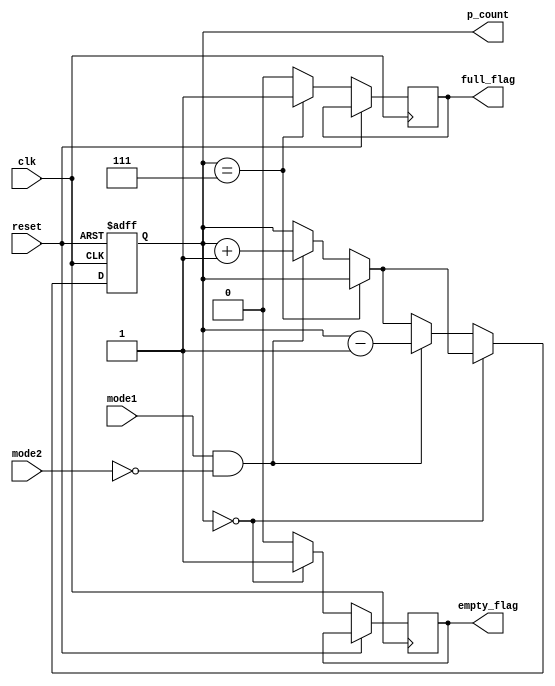
module counter (mode1,mode2,clk,reset,p_count,full_flag,empty_flag);
  input mode1,mode2,clk,reset;
  output reg [2:0] p_count;
  output reg full_flag,empty_flag;
  parameter n=3;
  always @(posedge(clk) or posedge(reset))
  begin  
    if (reset== 1)
      p_count<=0;
    else
      begin
        if (p_count== 2**n-1)
         begin
            full_flag<=1; 
         end
        else
          begin
            full_flag<=0;
            if(mode1==1 &mode2==0)
               p_count<=p_count+1;
          end   
        if (p_count== 3'b 000)
          empty_flag<=1;
        else
          begin
            empty_flag<=0;
            if(mode1==1&mode2==0)
               p_count<=p_count-1;
          end        
		 
     if ((mode2==1)&& (p_count==0 )&& (mode1==0))    $display(" The queue is empty and somebody tries to leave");  
     if((mode1==1)&&(p_count==2**n-1 )&&(mode2==0))  $display(" The queue is full and somebody tries to enter");	
	end     
 end  
endmodule